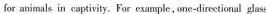
for animals in captivity . For example , one-directional glass